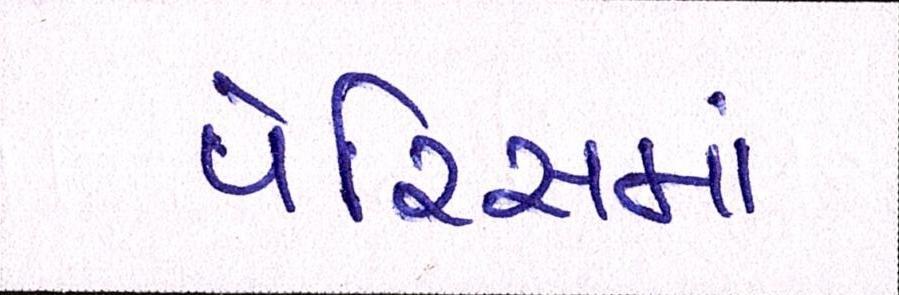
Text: પેરિસમાં